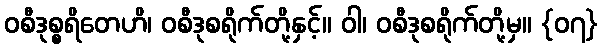
ဝစီဒုစ္စရိတေဟိ၊ ဝစီဒုစရိုက်တို့နှင့်။ ဝါ၊ ဝစီဒုစရိုက်တို့မှ။ {၀၇}